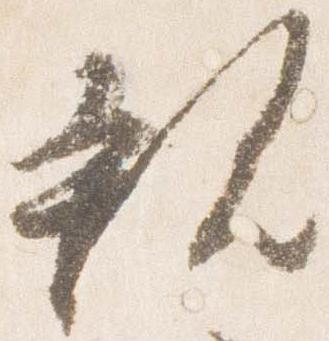
親